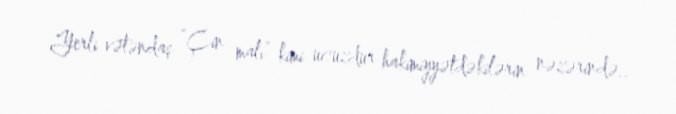
Yerli vətəndaş “Çin malı” kimi ucuzdur hakimiyyətdəkilərin nəzərində..